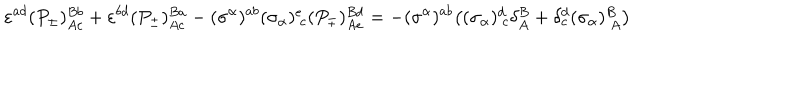
\varepsilon ^ { a d } ( P _ { \pm } ) _ { A c } ^ { B b } + \varepsilon ^ { b d } ( P _ { \pm } ) _ { A c } ^ { B a } - ( \sigma ^ { \alpha } ) ^ { a b } ( \sigma _ { \alpha } ) _ { ~ c } ^ { e } ( P _ { \mp } ) _ { A e } ^ { B d } = - ( \sigma ^ { \alpha } ) ^ { a b } \bigr ( ( \sigma _ { \alpha } ) _ { ~ c } ^ { d } \delta _ { A } ^ { B } + \delta _ { c } ^ { d } ( \sigma _ { \alpha } ) _ { ~ A } ^ { B } \bigr )